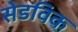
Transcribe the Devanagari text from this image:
सेडविक